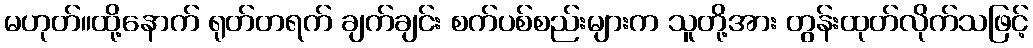
မဟုတ်။ထို့နောက် ရုတ်တရက် ချက်ချင်း စက်ပစ်စည်းများက သူတို့အား တွန်းထုတ်လိုက်သဖြင့်